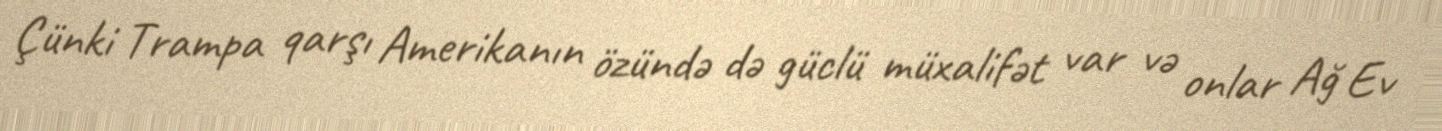
Çünki Trampa qarşı Amerikanın özündə də güclü müxalifət var və onlar Ağ Ev